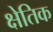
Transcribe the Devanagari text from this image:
क्षेतिक